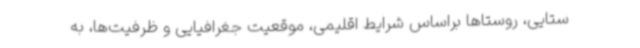
ستایی، روستاها براساس شرایط اقلیمی، موقعیت جغرافیایی و ظرفیت‌ها، به